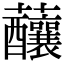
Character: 䖆